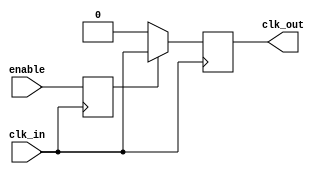
module ClockGatingBuffer (
    input wire clk_in,      // Primary clock signal
    input wire enable,      // Control signal for clock gating
    output reg clk_out      // Gated clock output
);

// Internal signal for synchronizing the enable signal
reg enable_sync;

// Synchronize the enable signal to the clk_in domain
always @(posedge clk_in) begin
    enable_sync <= enable;
end

// Generate the gated clock output
always @(posedge clk_in) begin
    if (enable_sync) begin
        clk_out <= clk_in; // Pass through the clock when enabled
    end else begin
        clk_out <= 1'b0;   // Gated clock is low when disabled
    end
end

endmodule